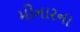
મીનારના